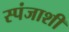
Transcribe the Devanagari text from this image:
स्पंजाशी